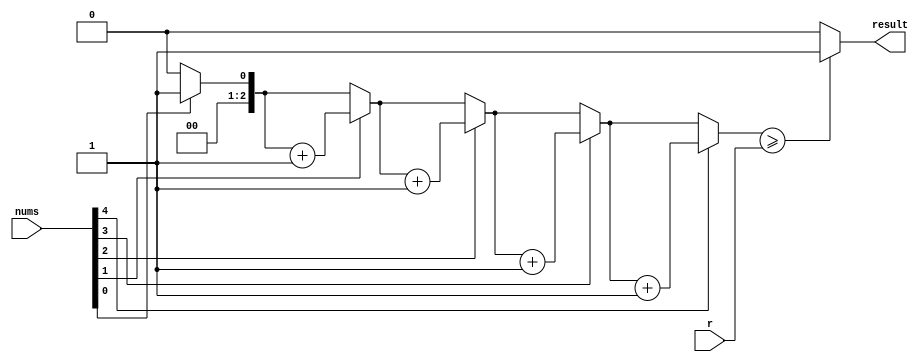
// Code your design here
`timescale 1ns / 1ns


module LogicalORCombinations (
    input [4:0] nums,
    input [2:0] r,
    output reg result
);
    reg [2:0] count;
    integer i;

    always @(*) begin
        count = 0;
        for (i = 0; i < 5; i = i + 1) begin
            if (nums[i] == 1) begin
                count = count + 1;
            end
        end
    end

    always @(count, r) begin
        if (count >= r) begin
            result = 1;
        end
        else begin
            result = 0;
        end
    end
endmodule


module Comparator(
  input [31:0] Vi,
  input [31:0] Vj,
  output Cij,
  output Cji
);

  reg Vi_sign, Vj_sign;
  reg [7:0] Vi_exponent, Vj_exponent;
  reg [22:0] Vi_mantissa, Vj_mantissa;
  reg Cij_reg;

  always @(*) begin
    Vi_sign = Vi[31];
    Vi_exponent = Vi[30:23];
    Vi_mantissa = Vi[22:0];
    
    Vj_sign = Vj[31];
    Vj_exponent = Vj[30:23];
    Vj_mantissa = Vj[22:0];
    
    if (Vi_exponent > Vj_exponent)
      Cij_reg = 1'b1;
    else if (Vi_exponent < Vj_exponent)
      Cij_reg = 1'b0;
    else begin
      if (Vi_mantissa > Vj_mantissa)
        Cij_reg = 1'b1;
      else if (Vi_mantissa < Vj_mantissa)
        Cij_reg = 1'b0;
      else
        Cij_reg = 1'b0;
    end
  end
  
  assign Cij = Cij_reg;
  assign Cji=~Cij;

endmodule


module TopModule(
  input [31:0] V1,
  input [31:0] V2,
  input [31:0] V3,
  input [31:0] V4,
  input [31:0] V5,
  input [31:0] V6,
  input [31:0] V7,
  input [31:0] V8,
  input [31:0] V9,
  input [31:0] V10,
  input [31:0] V11,
  input [31:0] V12,
  input [31:0] I,
  input [2:0] n,
  output reg [12:1] M
);
  
  reg I_sign;
  initial I_sign= I[31];
  
  wire [12:1] M_wire_pos,M_wire_neg;
  
  wire C12, C13, C14, C15, C16;
  wire C21, C23, C24, C25, C26;
  wire C31, C32, C34, C35, C36;
  wire C41, C42, C43, C45, C46;
  wire C51, C52, C53, C54, C56;
  wire C61, C62, C63, C64, C65;
  
  wire C78, C79, C710, C711, C712;
  wire C87, C89, C810, C811, C812;
  wire C97, C98, C910, C911, C912;
  wire C107, C108, C109, C1011, C1012;
  wire C117, C118, C119, C1110, C1112;
  wire C127, C128, C129, C1210, C1211;

  Comparator c12(.Vi(V1), .Vj(V2), .Cij(C12), .Cji(C21));
  Comparator c13(.Vi(V1), .Vj(V3), .Cij(C13), .Cji(C31));
  Comparator c14(.Vi(V1), .Vj(V4), .Cij(C14), .Cji(C41));
  Comparator c15(.Vi(V1), .Vj(V5), .Cij(C15), .Cji(C51));
  Comparator c16(.Vi(V1), .Vj(V6), .Cij(C16), .Cji(C61));
  
  Comparator c23(.Vi(V2), .Vj(V3), .Cij(C23), .Cji(C32));
  Comparator c24(.Vi(V2), .Vj(V4), .Cij(C24), .Cji(C42));
  Comparator c25(.Vi(V2), .Vj(V5), .Cij(C25), .Cji(C52));
  Comparator c26(.Vi(V2), .Vj(V6), .Cij(C26), .Cji(C62));
  
  Comparator c34(.Vi(V3), .Vj(V4), .Cij(C34), .Cji(C43));
  Comparator c35(.Vi(V3), .Vj(V5), .Cij(C35), .Cji(C53));
  Comparator c36(.Vi(V3), .Vj(V6), .Cij(C36), .Cji(C63));
  
  Comparator c45(.Vi(V4), .Vj(V5), .Cij(C45), .Cji(C54));
  Comparator c46(.Vi(V4), .Vj(V6), .Cij(C46), .Cji(C64));
  
  Comparator c56(.Vi(V5), .Vj(V6), .Cij(C56), .Cji(C65));
  
  Comparator c78(.Vi(V7), .Vj(V8), .Cij(C78), .Cji(C87));
  Comparator c79(.Vi(V7), .Vj(V9), .Cij(C79), .Cji(C97));
  Comparator c710(.Vi(V7), .Vj(V10), .Cij(C710), .Cji(C107));
  Comparator c711(.Vi(V7), .Vj(V11), .Cij(C711), .Cji(C117));
  Comparator c712(.Vi(V7), .Vj(V12), .Cij(C712), .Cji(C127));
  
  Comparator c89(.Vi(V8), .Vj(V9), .Cij(C89), .Cji(C98));
  Comparator c810(.Vi(V8), .Vj(V10), .Cij(C810), .Cji(C108));
  Comparator c811(.Vi(V8), .Vj(V11), .Cij(C811), .Cji(C118));
  Comparator c812(.Vi(V8), .Vj(V12), .Cij(C812), .Cji(C128));
  
  Comparator c910(.Vi(V9), .Vj(V10), .Cij(C910), .Cji(C109));
  Comparator c911(.Vi(V9), .Vj(V11), .Cij(C911), .Cji(C119));
  Comparator c912(.Vi(V9), .Vj(V12), .Cij(C912), .Cji(C129));
  
  Comparator c1011(.Vi(V10), .Vj(V11), .Cij(C1011), .Cji(C1110));
  Comparator c1012(.Vi(V10), .Vj(V12), .Cij(C1012), .Cji(C1210));
  
  Comparator c1112(.Vi(V11), .Vj(V12), .Cij(C1112), .Cji(C1211));
  
  
  
   LogicalORCombinations G1 (
     .nums({C12, C13, C14, C15, C16}),  
     .r(3'b110-n) ,
     .result(M_wire_pos[1]));
  
  LogicalORCombinations G2 (
    .nums({C21, C23, C24, C25, C26}),  
     .r(3'b110-n) ,
    .result(M_wire_pos[2])); 
  
  LogicalORCombinations G3 (
    .nums({C31, C32, C34, C35, C36}),  
     .r(3'b110-n) ,
    .result(M_wire_pos[3]));
  
  LogicalORCombinations G4 (
    .nums({C41, C42, C43, C45, C46}),  
     .r(3'b110-n) ,
    .result(M_wire_pos[4]));
  
  LogicalORCombinations G5 (
    .nums({C51, C52, C53, C54, C56}),  
     .r(3'b110-n) ,
    .result(M_wire_pos[5]));
  
  LogicalORCombinations G6 (
    .nums({C61, C62, C63, C64, C65}),  
     .r(3'b110-n) ,
    .result(M_wire_pos[6]));
  
  LogicalORCombinations G7 (
    .nums({C78, C79, C710, C711, C712}),  
     .r(n) ,
    .result(M_wire_pos[7]));
  
  LogicalORCombinations G8 (
    .nums({C87, C89, C810, C811, C812}),  
     .r(n) ,
    .result(M_wire_pos[8]));
  
  LogicalORCombinations G9 (
    .nums({C97, C98, C910, C911, C912}),  
     .r(n) ,
    .result(M_wire_pos[9]));
  
  LogicalORCombinations G10 (
    .nums({C107, C108,C109, C1011, C1012}),  
     .r(n) ,
    .result(M_wire_pos[10]));
  
  LogicalORCombinations G11 (
    .nums({C117, C118,C119, C1110, C1112}),  
     .r(n) ,
    .result(M_wire_pos[11]));
  
  LogicalORCombinations G12 (
    .nums({C127, C128,C129, C1210, C1211}),  
     .r(n) ,
    .result(M_wire_pos[12]));
  
  
  
  
  LogicalORCombinations H1 (
     .nums({C21, C31, C41, C51, C61}),  
     .r(3'b110-n) ,
     .result(M_wire_neg[1]));
  
  LogicalORCombinations H2 (
    .nums({C12, C32, C42, C52, C62}),  
     .r(3'b110-n) ,
    .result(M_wire_neg[2])); 
  
  LogicalORCombinations H3 (
    .nums({C13, C23, C43, C53, C63}),  
     .r(3'b110-n) ,
    .result(M_wire_neg[3]));
  
  LogicalORCombinations H4 (
    .nums({C14, C24, C34, C54, C64}),  
     .r(3'b110-n) ,
    .result(M_wire_neg[4]));
  
  LogicalORCombinations H5 (
    .nums({C15, C25, C35, C45, C65}),  
     .r(3'b110-n) ,
    .result(M_wire_neg[5]));
  
  LogicalORCombinations H6 (
    .nums({C16, C26, C36, C46, C56}),  
     .r(3'b110-n) ,
    .result(M_wire_neg[6]));
  
  LogicalORCombinations H7 (
    .nums({C87, C97, C107, C117, C127}),  
     .r(n) ,
    .result(M_wire_neg[7]));
  
  LogicalORCombinations H8 (
    .nums({C78, C98, C108, C118, C128}),  
     .r(n) ,
    .result(M_wire_neg[8]));
  
  LogicalORCombinations H9 (
    .nums({C79, C89, C109, C119, C129}),  
     .r(n) ,
    .result(M_wire_neg[9]));
  
  LogicalORCombinations H10 (
    .nums({C710, C810,C910, C1110, C1210}),  
     .r(n) ,
    .result(M_wire_neg[10]));
  
  LogicalORCombinations H11 (
    .nums({C711, C811,C911, C1011, C1211}),  
     .r(n) ,
    .result(M_wire_neg[11]));
  
  LogicalORCombinations H12 (
    .nums({C712, C812,C912, C1012, C1112}),  
     .r(n) ,
    .result(M_wire_neg[12]));
  
  
  always @* begin
    if (n == 3'b000)
      M = 12'b000000000000;
    else if (n == 3'b110)
      M = 12'b111111111111;
    else begin
      if (I_sign)
        M = M_wire_neg;
      else
        M = M_wire_pos;
    end
  end

  
  
endmodule